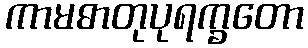
ကာမဓာတုပုရက္ခတော